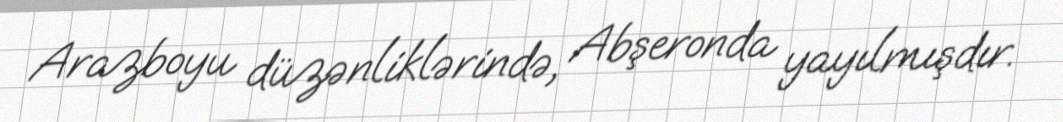
Arazboyu düzənliklərində, Abşeronda yayılmışdır.